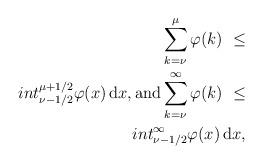
LaTeX: \begin{align*}\sum_{k=\nu}^\mu \varphi(k)\ \le \\int_{\nu - 1/2}^{\mu + 1/2} \varphi(x) \, \mathrm{d} x,\mbox{and} \sum_{k=\nu}^\infty \varphi(k)\ \le \\int_{\nu - 1/2}^\infty \varphi(x) \, \mathrm{d} x,\end{align*}